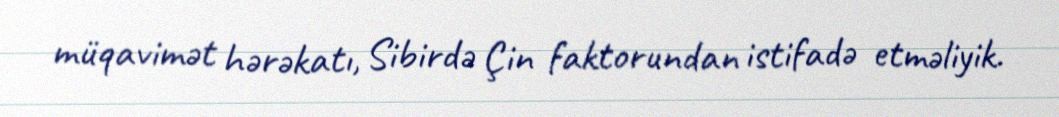
müqavimət hərəkatı, Sibirdə Çin faktorundan istifadə etməliyik.